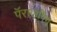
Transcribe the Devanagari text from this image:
पॅराजंपिंग